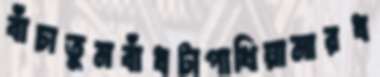
বাঁচাতুমবাঁধটাপাখিয়ামারধ